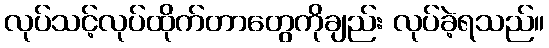
လုပ်သင့်လုပ်ထိုက်တာတွေကိုချည်း လုပ်ခဲ့ရသည်။